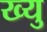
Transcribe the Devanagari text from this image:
ख्यु